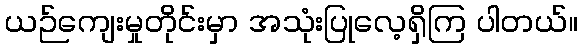
ယဉ်ကျေးမှုတိုင်းမှာ အသုံးပြုလေ့ရှိကြ ပါတယ်။